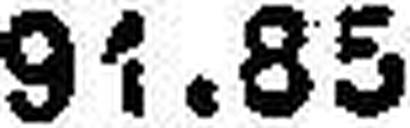
91.85